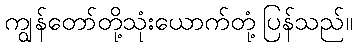
ကျွန်တော်တို့သုံးယောက်တုံ့ပြန်သည်။